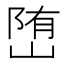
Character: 𡺆